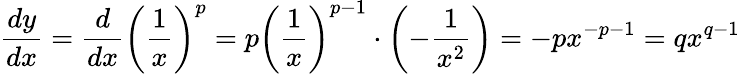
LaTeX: {\frac{dy}{dx}}={\frac{d}{dx}}\left({\frac{1}{x}}\right)^{p}=p\left({\frac{1}{x}}\right)^{p-1}\cdot\left(-{\frac{1}{x^{2}}}\right)=-px^{-p-1}=qx^{q-1}